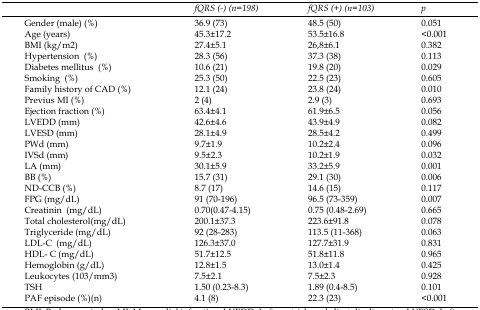
<table><thead><tr><td></td><td><b><i>fQRS (-) (n=198)</i></b></td><td><b><i>fQRS (+) (n=103)</i></b></td><td><b><i>p</i></b></td></tr></thead><tbody><tr><td>Gender (male) (%)</td><td>36.9 (73)</td><td>48.5 (50)</td><td>0.051</td></tr><tr><td>Age (years)</td><td>45.3±17.2</td><td>53.5±16.8</td><td>&lt;0.001</td></tr><tr><td>BMI (kg/m<sup>2</sup>)</td><td>27.4±5.1</td><td>26,8±6.1</td><td>0.382</td></tr><tr><td>Hypertension (%)</td><td>28.3 (56)</td><td>37.3 (38)</td><td>0.113</td></tr><tr><td>Diabetes mellitus (%)</td><td>10.6 (21)</td><td>19.8 (20)</td><td>0.029</td></tr><tr><td>Smoking (%)</td><td>25.3 (50)</td><td>22.5 (23)</td><td>0.605</td></tr><tr><td>Family history of CAD (%)</td><td>12.1 (24)</td><td>23.8 (24)</td><td>0.010</td></tr><tr><td>Previus MI (%)</td><td>2 (4)</td><td>2.9 (3)</td><td>0.693</td></tr><tr><td>Ejection fraction (%)</td><td>63.4±4.1</td><td>61.9±6.5</td><td>0.056</td></tr><tr><td>LVEDD (mm)</td><td>42.6±4.6</td><td>43.9±4.9</td><td>0.082</td></tr><tr><td>LVESD (mm)</td><td>28.1±4.9</td><td>28.5±4.2</td><td>0.499</td></tr><tr><td>PWd (mm)</td><td>9.7±1.9</td><td>10.2±2.4</td><td>0.096</td></tr><tr><td>IVSd (mm)</td><td>9.5±2.3</td><td>10.2±1.9</td><td>0.032</td></tr><tr><td>LA (mm)</td><td>30.1±5.9</td><td>33.2±5.9</td><td>0.001</td></tr><tr><td>BB (%)</td><td>15.7 (31)</td><td>29.1 (30)</td><td>0.006</td></tr><tr><td>ND-CCB (%)</td><td>8.7 (17)</td><td>14.6 (15)</td><td>0.117</td></tr><tr><td>FPG (mg/dL)</td><td>91 (70-196)</td><td>96.5 (73-359)</td><td>0.007</td></tr><tr><td>Creatinin (mg/dL)</td><td>0.70(0.47-4.15)</td><td>0.75 (0.48-2.69)</td><td>0.665</td></tr><tr><td>Total cholesterol(mg/dL)</td><td>200.1±37.3</td><td>223.6±91.8</td><td>0.078</td></tr><tr><td>Triglyceride (mg/dL)</td><td>92 (28-283)</td><td>113.5 (11-368)</td><td>0.063</td></tr><tr><td>LDL-C (mg/dL)</td><td>126.3±37.0</td><td>127.7±31.9</td><td>0.831</td></tr><tr><td>HDL- C (mg/dL) </td><td>51.7±12.5</td><td>51.8±11.8</td><td>0.965</td></tr><tr><td>Hemoglobin (g/dL)</td><td>12.8±1.5</td><td>13.0±1.4</td><td>0.425</td></tr><tr><td>Leukocytes (10<sup>3</sup>/mm<sup>3</sup>)</td><td>7.5±2.1</td><td>7.5±2.3</td><td>0.928</td></tr><tr><td>TSH</td><td>1.50 (0.23-8.3)</td><td>1.89 (0.4-8.5)</td><td>0.101</td></tr><tr><td>PAF episode (%)(n)</td><td>4.1 (8)</td><td>22.3 (23)</td><td>&lt;0.001</td></tr></tbody></table>